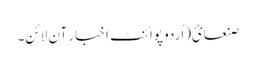
صنعائ(اُردو پوائنٹ اخبار آن لائن۔